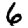
Digit: 6